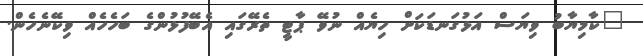
"ކާމިޔާބު ވިޔަސް އަޅުގަނޑަކަށް ހިޔެއް ނުވޭ ޕާޓީ ތެރޭގައި އެބޭފުޅުންގެ ބަހެހެއް ވިކޭނެހެން.